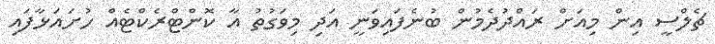
ޗެލްސީ އިން މިއަށް ރައްދުދެމުން ބުނެފައިވަނީ އަދި މިވަގުތު އާ ކޮންޓްރެކްޓެއް ހުށައަޅާފައި